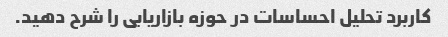
کاربرد تحلیل احساسات در حوزه بازاریابی را شرح دهید.